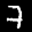
Label: 7